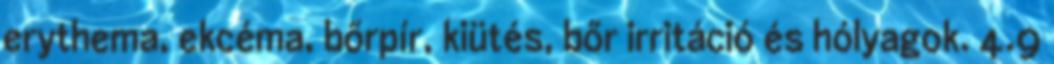
erythema, ekcéma, bőrpír, kiütés, bőr irritáció és hólyagok. 4.9